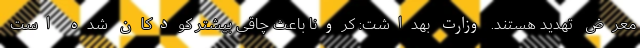
معرض تهدید هستند. وزارت بهداشت: کرونا باعث چاقی بیشتر کودکان شده است